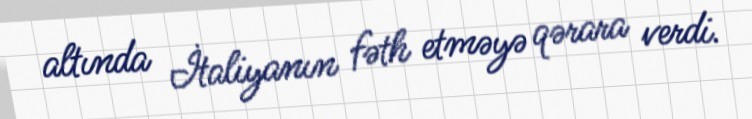
altında İtaliyanın fəth etməyə qərara verdi.